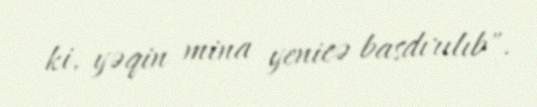
ki, yəqin mina yenicə basdırılıb".